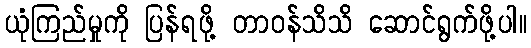
ယုံကြည်မှုကို ပြန်ရဖို့ တာဝန်သိသိ ဆောင်ရွက်ဖို့ပါ။